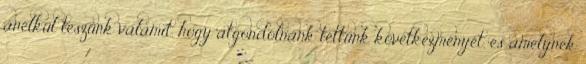
anélkül teszünk valamit, hogy átgondolnánk tettünk következményét, és amelynek